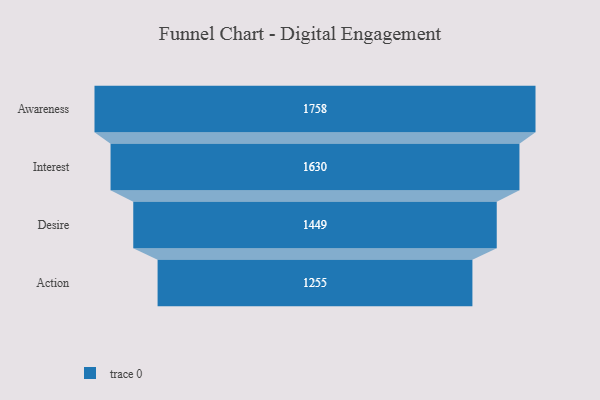
{"axis": {"x": "Stage", "y": "Value"}, "legend": [""], "data": [{"x": "Awareness", "y": 1758.0, "type": ""}, {"x": "Interest", "y": 1630.0, "type": ""}, {"x": "Desire", "y": 1449.0, "type": ""}, {"x": "Action", "y": 1255.0, "type": ""}]}